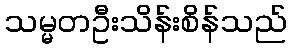
သမ္မတဦးသိန်းစိန်သည်